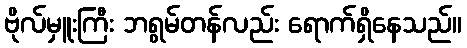
ဗိုလ်မှူးကြီး ဘရွမ်တန်လည်း ရောက်ရှိနေသည်။